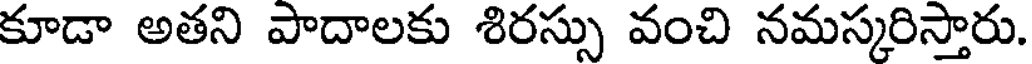
కూడా అతని పాదాలకు శిరస్సు వంచి నమస్కరిస్తారు.